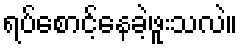
ရပ်စောင့်နေခဲ့ဖူးသလဲ။